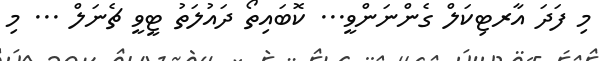
މި ފަދަ އާރޓިކަލް ގެންނަންވީ... ކޮބައިތޯ ދައުލަތު ޓީވީ ޗެނަލް ... މި